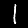
Digit: 1